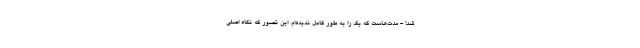
شد! - مدت‌هاست که یک را به طور کامل ندیده‌ام. این تصور که نگاه اصلی